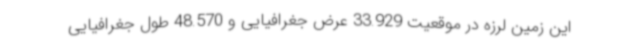
این زمین لرزه در موقعیت 33.929 عرض جغرافیایی و 48.570 طول جغرافیایی